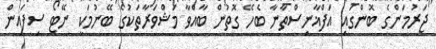
ޖަރުމަންގެ ބޮންގައި އަފްޣާނިސްތާނާ ބެހޭ ގޮތުން ބާއްވާ މަޝްވަރާތަކުގެ ބޭނުމަކީ ނޭޓޯ ސިފައިން